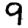
Digit: 9